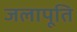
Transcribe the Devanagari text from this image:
जलापूति